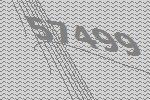
57499